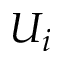
U _ { i }